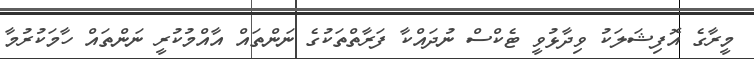
މީރާގެ އޮފިޝަލަކު ވިދާޅުވީ ޓެކްސް ނުދައްކާ ފަރާތްތަކުގެ ނަންތައް އާއްމުކުރީ ނަންތައް ހާމަކުރުމާ